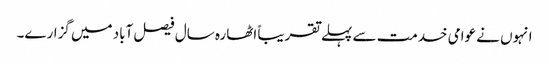
انہوں نے عوامی خدمت سے پہلے تقریباً اٹھارہ سال فیصل آباد میں گزارے۔